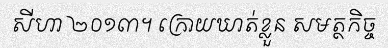
សីហា ២០១៣។ ក្រោយឃាត់ខ្លួន សមត្ថកិច្ច